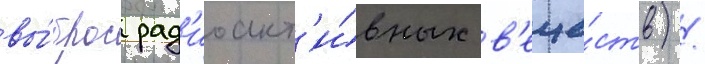
вы́брос рад'иоакт'и́вных в'еще́ств) /